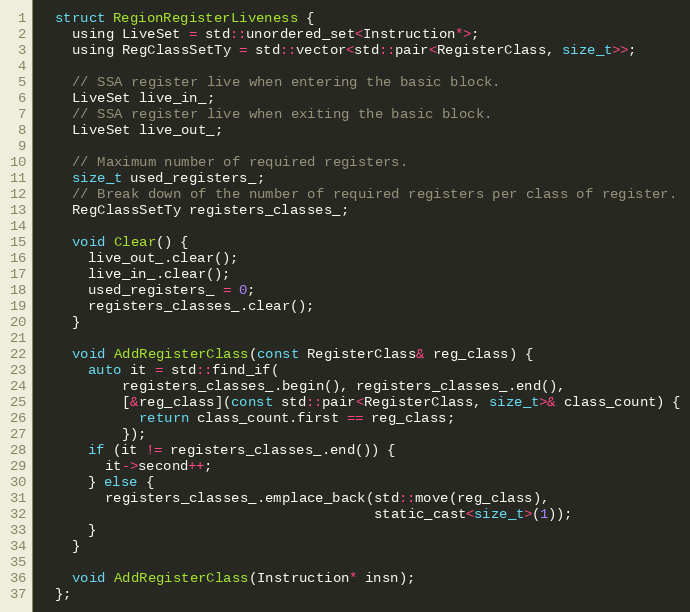
Language: C
  struct RegionRegisterLiveness {
    using LiveSet = std::unordered_set<Instruction*>;
    using RegClassSetTy = std::vector<std::pair<RegisterClass, size_t>>;

    // SSA register live when entering the basic block.
    LiveSet live_in_;
    // SSA register live when exiting the basic block.
    LiveSet live_out_;

    // Maximum number of required registers.
    size_t used_registers_;
    // Break down of the number of required registers per class of register.
    RegClassSetTy registers_classes_;

    void Clear() {
      live_out_.clear();
      live_in_.clear();
      used_registers_ = 0;
      registers_classes_.clear();
    }

    void AddRegisterClass(const RegisterClass& reg_class) {
      auto it = std::find_if(
          registers_classes_.begin(), registers_classes_.end(),
          [&reg_class](const std::pair<RegisterClass, size_t>& class_count) {
            return class_count.first == reg_class;
          });
      if (it != registers_classes_.end()) {
        it->second++;
      } else {
        registers_classes_.emplace_back(std::move(reg_class),
                                        static_cast<size_t>(1));
      }
    }

    void AddRegisterClass(Instruction* insn);
  };